Riigikohus_(kohtuotsuste_protokollid), lk 10
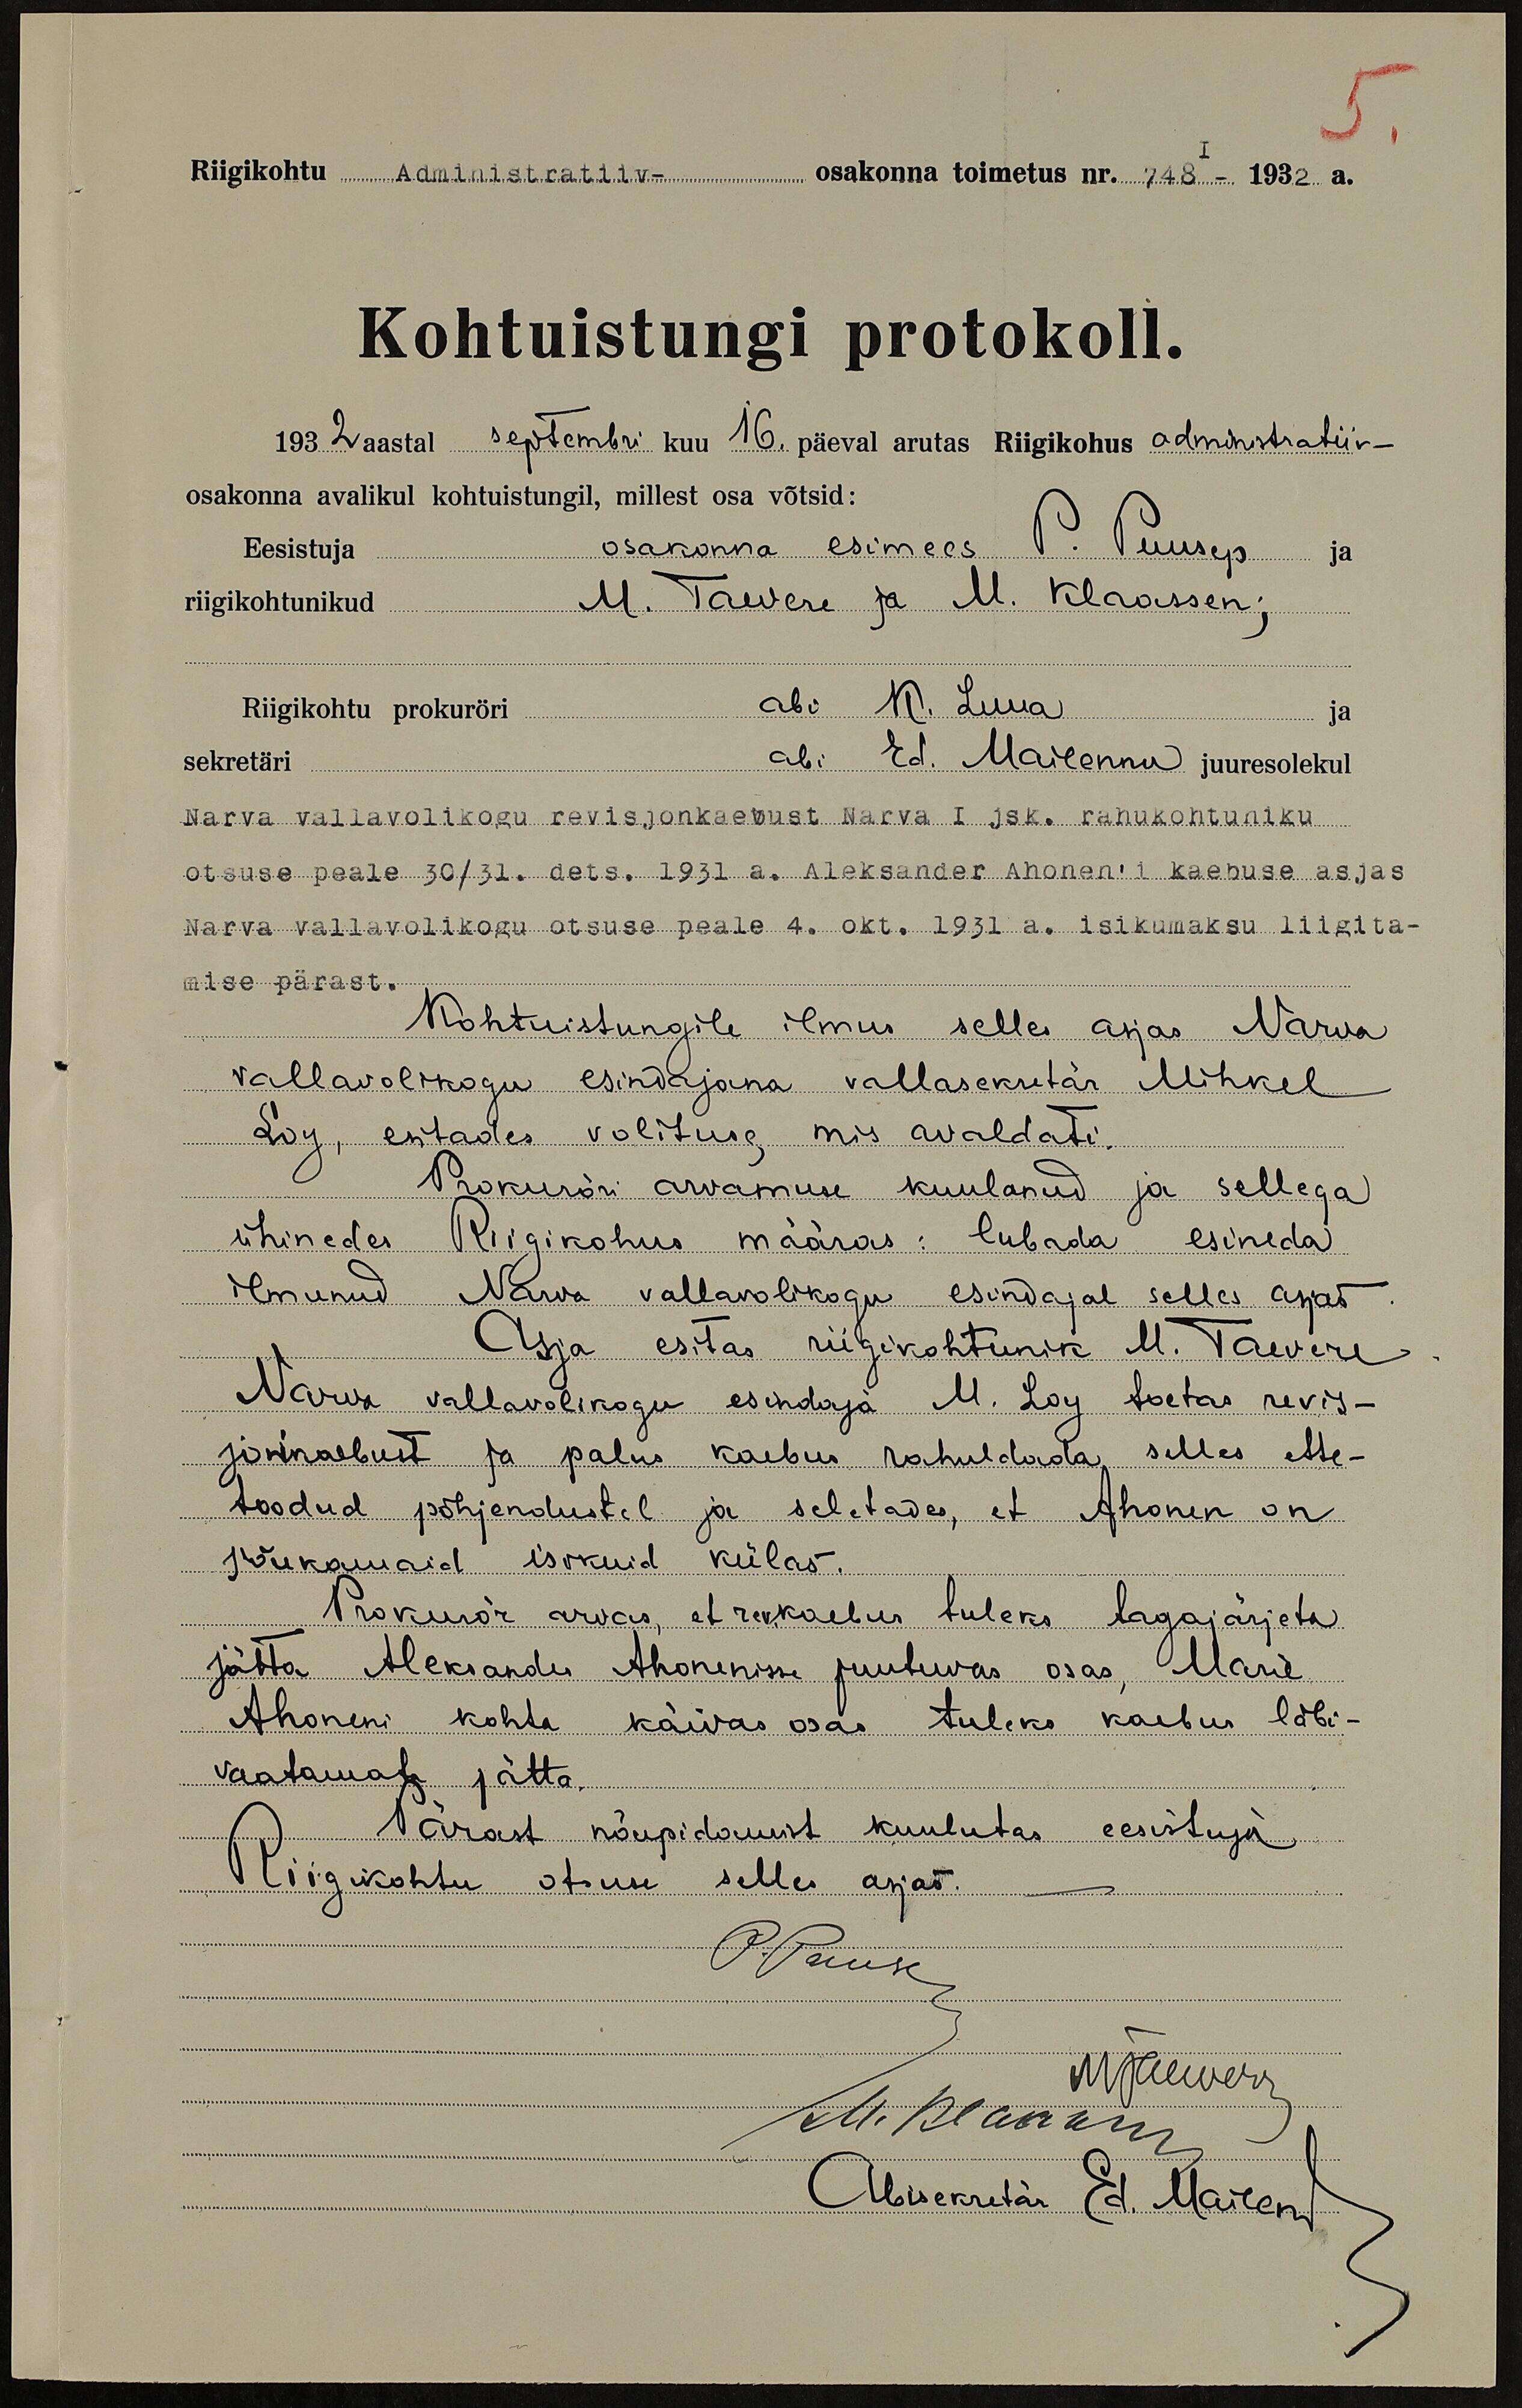
Riigikohtu Administratiiv- osakonna toimetus nr.748- 1932.a.
Kohtuistungi protokoll.
1932 aastal septembri kuu 16 päeval arutas Riigikohus administratiiv-
osakonna avalikul kohtuistungil, millest osa võtsid:
Eesistuja osakonna esimees P. Puusep ja
riigikohtunikud M. Taevere ja M. Klaassen;
Riigikohtu prokuröri abi M. Luua ja
sekretäri abi Ed. Mailennu juuresolekul
Narva vallavolikogu revisjonkaebust Narva I jsk. rahukohtuniku
otsuse peale 30/31.dets. 1931.a. Aleksander Ahonen'i kaebuse asjas
Narva vallavolikogu otsuse peale 4.okt. 1931.a. isikumaksu liigita-
mise pärast
Kohtuistungile ilmus selles asjas Narva
vallavolikogu esindajana vallasekretär Mihkel
Loy, esitades volituse, mis avaldati.
Prokuröri arvamise kuulanud ja sellega
ühinedes Riigikohus määras: lubada esineda
ilmunud Narva vallavolikogu esindajal selles asjas
Asja esitas riigikohtunik M. Taevere
Narva vallavolikogu esindaja M. Loy toetas revis-
jonikaebust ja palus kaebus rahuldada selles ette-
toodud põhjendustel ja seletades, et Ahonen on
jõukamaid isikuid külas.
Prokurör arvas, et rev.kaebus tuleks tagajärjeta
jätta Aleksander Ahonenisse puutuvas osas Marie
Ahoneni kohta käivas osas tuleks kaebus läbi-
vaatamata jätta.
Pärast nõupidamist kuulutas eesistuja
Riigikohtu otsuse selles asjas.